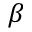
\beta